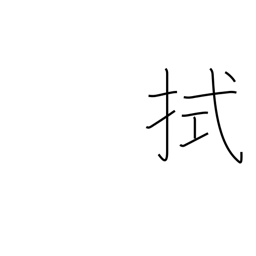
Meaning: mop